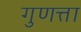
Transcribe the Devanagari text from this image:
गुणत्ता